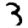
Digit: 3